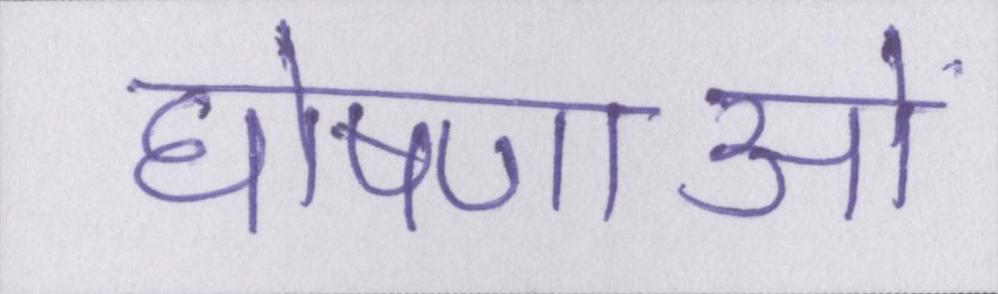
घोषणाओं